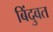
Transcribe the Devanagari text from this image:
बिंदुवत